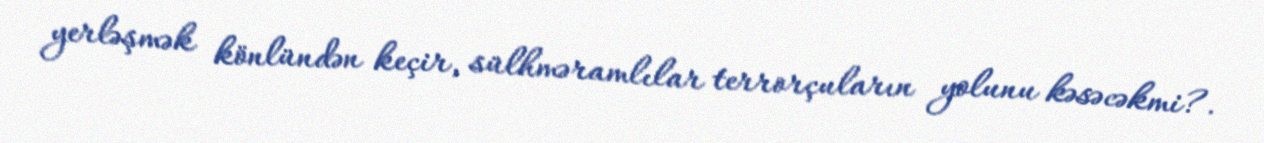
yerləşmək könlündən keçir, sülhməramlılar terrorçuların yolunu kəsəcəkmi?.